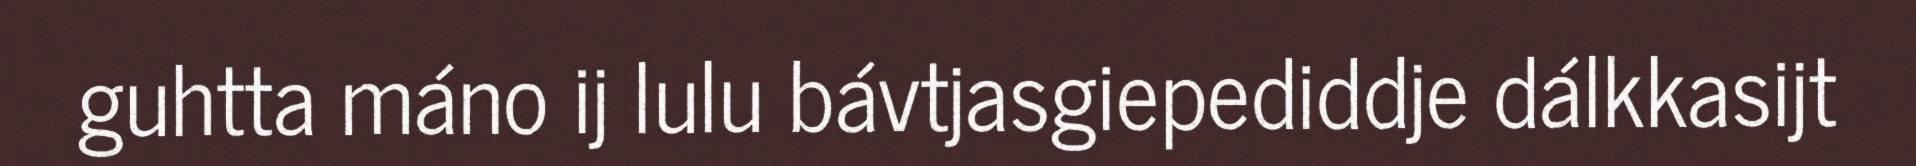
guhtta máno ij lulu bávtjasgiepediddje dálkkasijt